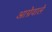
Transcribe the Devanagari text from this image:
आग्रेवाले